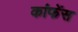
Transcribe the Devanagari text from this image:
कांफेंस